Vaccination in Bombay 1856-1862 - 1856-1862
Year: 1856
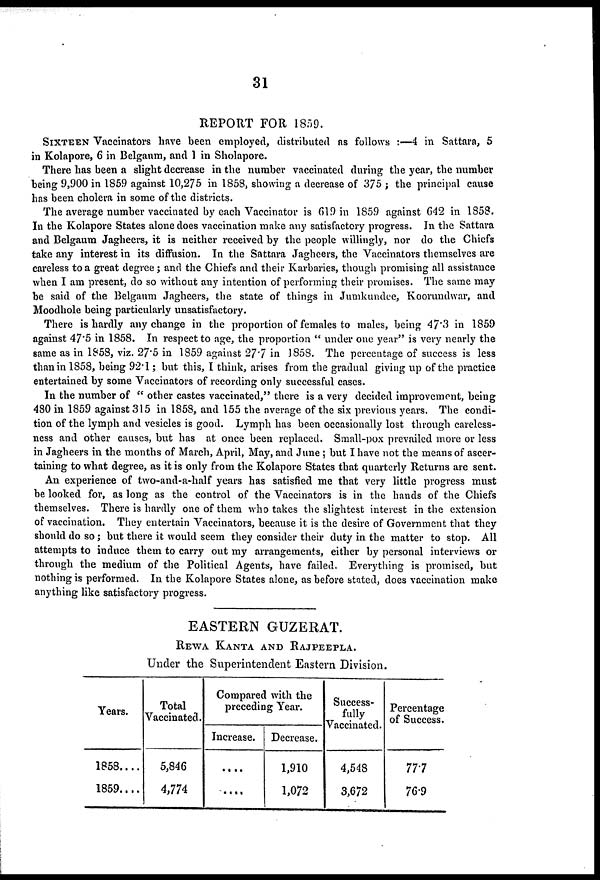
31
REPORT FOR 1859.
SIXTEEN Vaccinators have been employed, distributed as follows :—4 in Sattara, 5
in Kolapore, 6 in Belgaum, and 1 in Sholapore.
There has been a slight decrease in the number vaccinated during the year, the number
being 9,900 in 1859 against 10,275 in 1858, showing a decrease of 375 ; the principal cause
has been cholera in some of the districts.
The average number vaccinated by each Vaccinator is 619 in 1859 against 642 in 1858.
In the Kolapore States alone does vaccination make any satisfactory progress. In the Sattara
and Belgaum Jagheers, it is neither received by the people willingly, nor do the Chiefs
take any interest in its diffusion. In the Sattara Jagheers, the Vaccinators themselves are
careless to a great degree ; and the Chiefs and their Karbaries, though promising all assistance
when I am present, do so without any intention of performing their promises. The same may
be said of the Belgaum Jagheers, the state of things in Jumkundee, Koorundwar, and
Moodhole being particularly unsatisfactory.
There is hardly any change in the proportion of females to males, being 47.3 in 1859
against 47.5 in 1858. In respect to age, the proportion " under one year" is very nearly the
same as in 1858, viz. 27.5 in 1859 against 27.7 in 1858. The percentage of success is less
than in 1858, being 92.1; but this, I think, arises from the gradual giving up of the practice
entertained by some Vaccinators of recording only successful cases.
In the number of " other castes vaccinated," there is a very decided improvement, being
480 in 1859 against 315 in 1858, and 155 the average of the six previous years. The condi-
tion of the lymph and vesicles is good. Lymph has been occasionally lost through careless-
ness and other causes, but has at once been replaced. Small-pox prevailed more or less
in Jagheers in the months of March, April, May, and June; but I have not the means of ascer-
taining to what degree, as it is only from the Kolapore States that quarterly Returns are sent.
An experience of two-and-a-half years has satisfied me that very little progress must
be looked for, as long as the control of the Vaccinators is in the hands of the Chiefs
themselves. There is hardly one of them who takes the slightest interest in the extension
of vaccination. They entertain Vaccinators, because it is the desire of Government that they
should do so; but there it would seem they consider their duty in the matter to stop. All
attempts to induce them to carry out my arrangements, either by personal interviews or
through the medium of the Political Agents, have failed. Everything is promised, but
nothing is performed. In the Kolapore States alone, as before stated, does vaccination make
anything like satisfactory progress.
EASTERN GUZERAT.
REWA KANTA AND RAJPEEPLA.
Under the Superintendent Eastern Division.
Years.
1858....
1859....
Total
Vaccinated.
5,846
4,774
Compared with the
preceding Year.
Increase.
....
....
Decrease.
1,910
1,072
Success-
fully
Vaccinated.
4,548
3,672
Percentage
of Success.
77.7
76.9